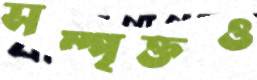
সম্পৃক্তও